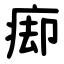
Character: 㾡